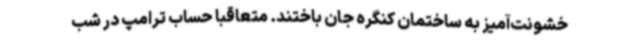
خشونت‌آمیز به ساختمان کنگره جان باختند. متعاقباً حساب ترامپ در شب